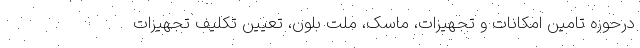
درحوزه تامین امکانات و تجهیزات، ماسک، ملت بلون، تعیین تکلیف تجهیزات